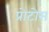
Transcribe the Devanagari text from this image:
प्रोटोस